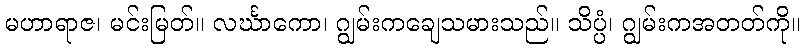
မဟာရာဇ၊ မင်းမြတ်။ လင်္ဃာကော၊ ဂျွမ်းကချေသမားသည်။ သိပ္ပံ၊ ဂျွမ်းကအတတ်ကို။